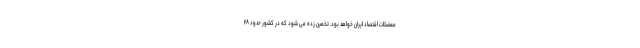
معضلات اقتصاد ایران خواهد بود. تخمین زده می شود که در کشور حدود ۲۸